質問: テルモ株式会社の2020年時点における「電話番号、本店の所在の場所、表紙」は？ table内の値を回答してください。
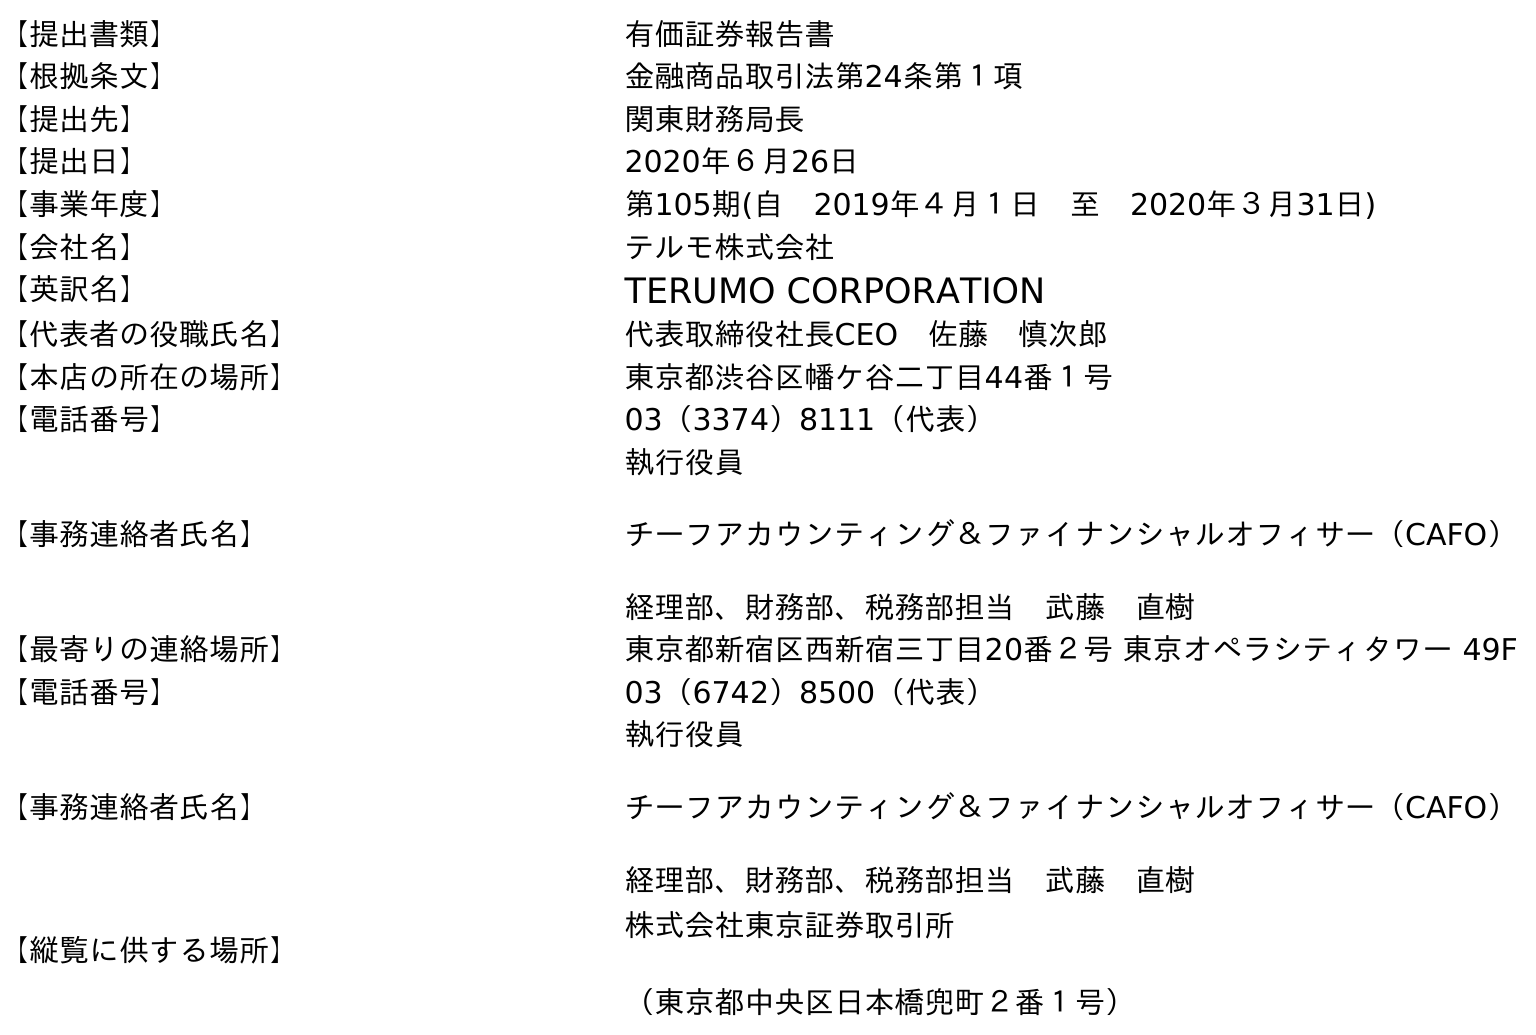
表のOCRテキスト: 【提出書類】 有価証券報告書 【根拠条文】 金融商品取引法第24条第１項 【提出先】 関東財務局長 【提出日】 2020年６月26日 【事業年度】 第105期(自 2019年４月１日 至 2020年３月31日) 【会社名】 テルモ株式会社 【英訳名】 TERUMO CORPORATION 【代表者の役職氏名】 代表取締役社長CEO 佐藤 慎次郎 【本店の所在の場所】 東京都渋谷区幡ケ谷二丁目44番１号 【電話番号】 03（3374）8111（代表） 【事務連絡者氏名】 執行役員 チーフアカウンティング＆ファイナンシャルオフィサー（CAFO） 経理部、財務部、税務部担当 武藤 直樹 【最寄りの連絡場所】 東京都新宿区西新宿三丁目20番２号 東京オペラシティタワー 49F 【電話番号】 03（6742）8500（代表） 【事務連絡者氏名】 執行役員 チーフアカウンティング＆ファイナンシャルオフィサー（CAFO） 経理部、財務部、税務部担当 武藤 直樹 【縦覧に供する場所】 株式会社東京証券取引所 （東京都中央区日本橋兜町２番１号）
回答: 03（3374）8111（代表）